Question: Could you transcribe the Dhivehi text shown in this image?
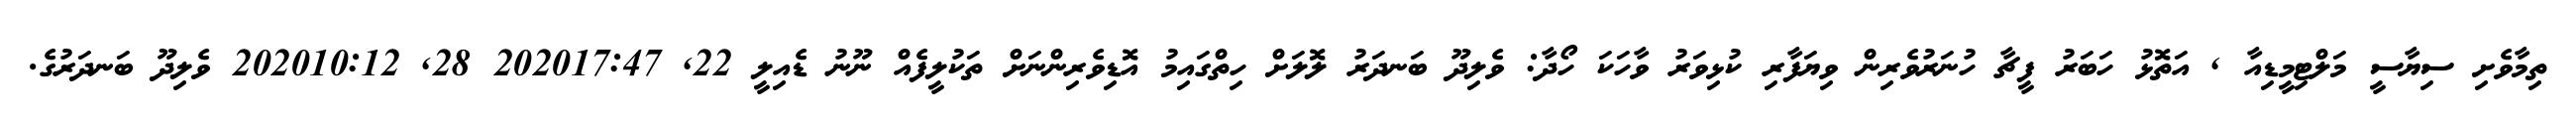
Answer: ތިމާވެށި ސިޔާސީ މަލްޓިމީޑިއާ , އަތޮޅު ހަބަރު ފީޗާ ހުނަރުވެރިން ވިޔަފާރި ކުޅިވަރު ވާހަކަ ހޯދާ: ވެލިދޫ ބަނދަރު ލޮލަށް ހިތްގައިމު އޮޑިވެރިންނަށް ތަކުލީފެއް ނޫނު ޑެއިލީ 22, 202017:47 28, 202010:12 ވެލިދޫ ބަނދަރުގެ.